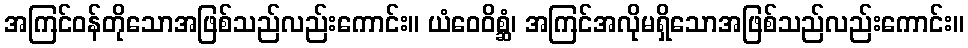
အကြင်ဝန်တိုသောအဖြစ်သည်လည်းကောင်း။ ယံဝေဝိစ္ဆံ၊ အကြင်အလိုမရှိသောအဖြစ်သည်လည်းကောင်း။